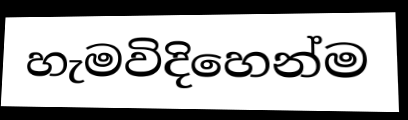
හැමවිදිහෙන්ම